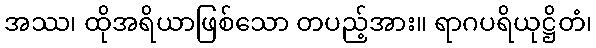
အဿ၊ ထိုအရိယာဖြစ်သော တပည့်အား။ ရာဂပရိယုဋ္ဌိတံ၊